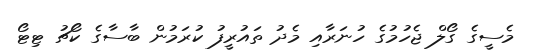
މެސީގެ ގޯލް ޖެހުމުގެ ހުނަރާއި މެދު ތައުރީފު ކުރަމުން ބާސާގެ ކޯޗު ޓިޓޯ